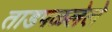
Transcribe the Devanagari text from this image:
ताडपळलेले